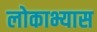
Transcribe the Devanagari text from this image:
लोकाभ्यास